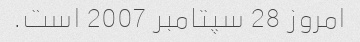
امروز 28 سپتامبر 2007 است.